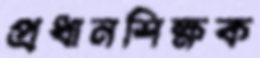
প্রধানশিক্ষক